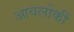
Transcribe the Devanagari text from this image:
आवलोकीं